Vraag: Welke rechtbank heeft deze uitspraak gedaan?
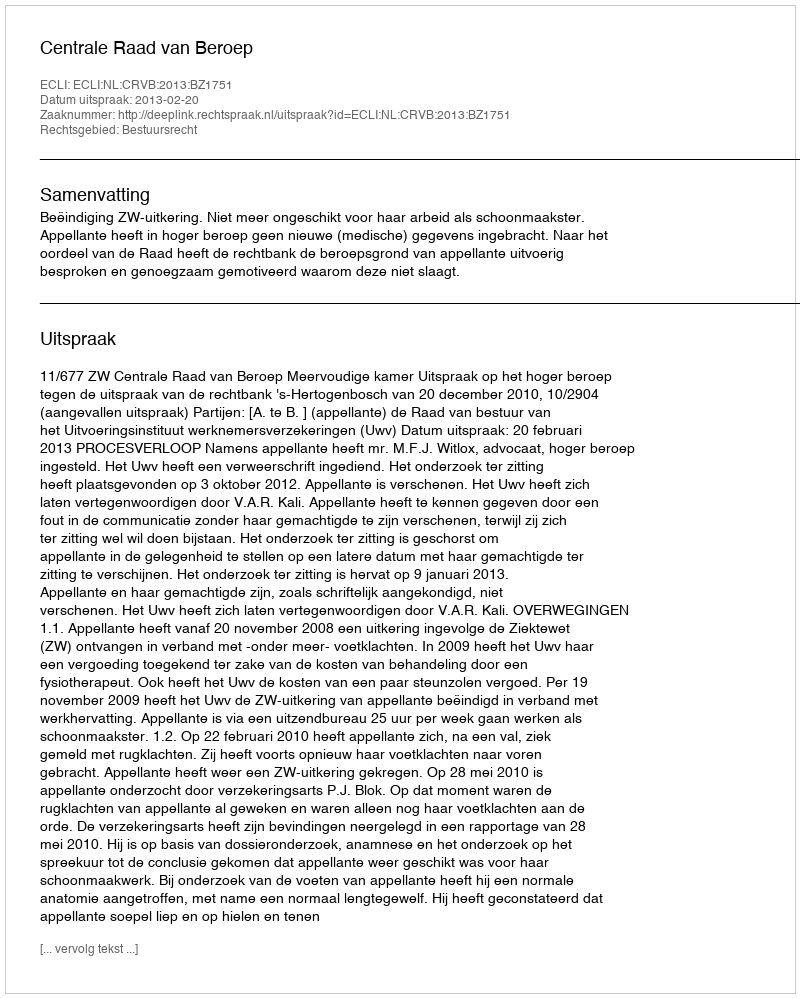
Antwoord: Centrale Raad van Beroep